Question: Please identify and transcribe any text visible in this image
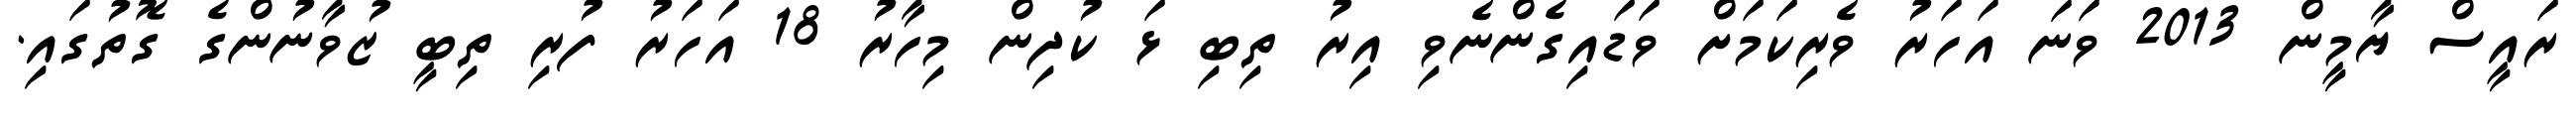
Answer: ރައީސް ޔާމީން 2013 ވަނަ އަހަރު ވެރިކަމަށް ވަޑައިގެންނެވި އިރު ތިބި ޅަ ކުދިން މިހާރު 18 އަހަރު ފުރި ތިބީ ޒުވާނުންގެ ގޮތުގައި.